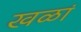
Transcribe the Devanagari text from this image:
खळां